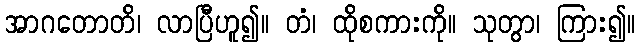
အာဂတောတိ၊ လာပြီဟူ၍။ တံ၊ ထိုစကားကို။ သုတွာ၊ ကြား၍။